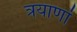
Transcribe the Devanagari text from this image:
त्रयाणां